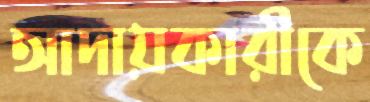
আদায়কারীকে